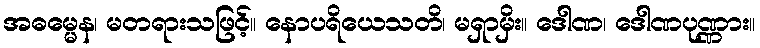
အဓမ္မေန၊ မတရားသဖြင့်။ နောပရိယေသတိ၊ မရှာမှိး။ ဒေါဏ၊ ဒေါဏပုဏ္ဏား။